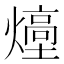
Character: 㸀